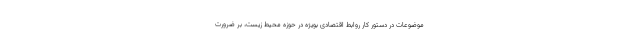
موضوعات در دستور کار روابط اقتصادی بویژه در حوزه محیط زیست، بر ضرورت